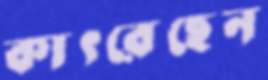
কাৎরেছেন